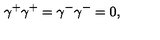
{ \gamma } ^ { + } { \gamma } ^ { + } = { \gamma } ^ { - } { \gamma } ^ { - } = 0 ,